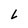
Character: L